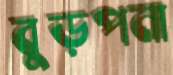
বুড়পনা